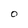
Character: O